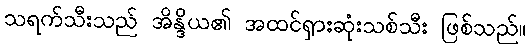
သရက်သီးသည် အိန္ဒိယ၏ အထင်ရှားဆုံးသစ်သီး ဖြစ်သည်။